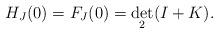
LaTeX: \begin{align*}H_{J}(0)=F_{J}(0)=\det_{2}(I+K).\end{align*}